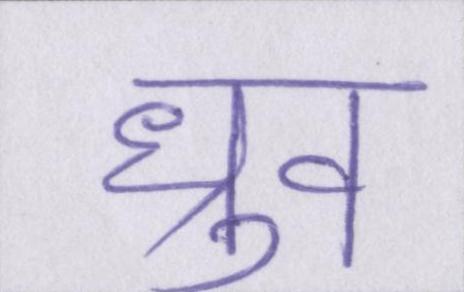
ध्रुव